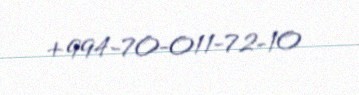
+994-70-011-72-10